Civil Veterinary Dept. Assam report 1927-50 - 1927-1950
Year: 1927
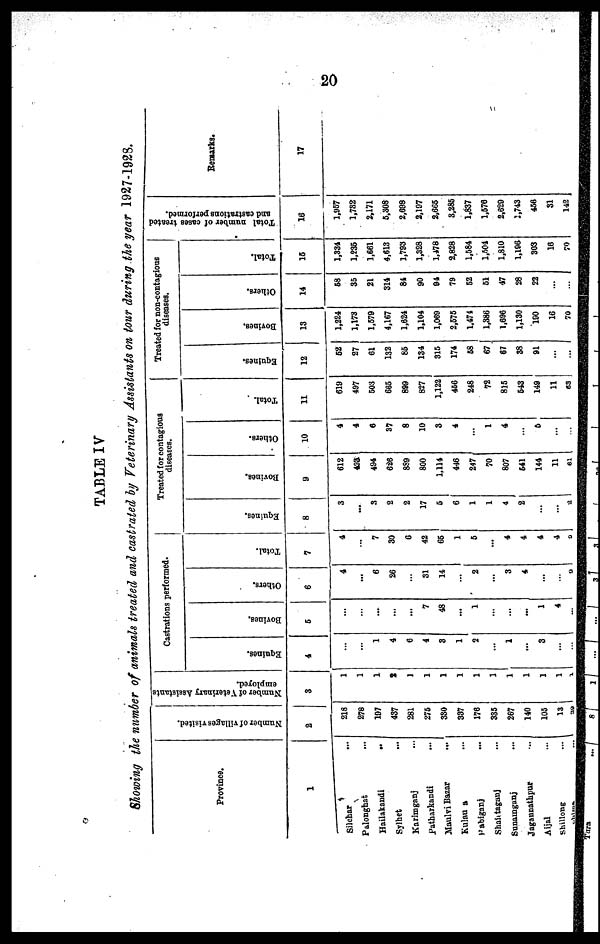
20
TABLE IV
Showing the number of animals treated and castrated by Veterinary Assistants on tour during the year 1927-1928.
Province.
1
Silchar ...
Palonghat ...
Hailakandi
Sylhet ...
Karimganj ...
Patharkandi ...
Maulvi Bazar ...
Kulaua ...
Pabiganj ...
Shaiataganj ...
Sunamganj ...
Jagannathpur ...
Aijal ...
Shillong ...
Chima ...
Number of villages visited.
2
218
278
197
437
281
275
330
337
176
335
267
140
105
13
39
Number of Veterinary Assistants
employed.
3
1
1
1
2
1
1
1
1
1
1
1
1
1
1
1
Castrations performed.
Equines.
4
...
...
1
4
6
4
3
1
2
...
1
...
3
...
...
Bovines.
5
...
...
....
...
...
7
48
...
1
...
...
...
1
4
...
Others.
6
4
...
6
26
...
31
14
...
2
...
3
4
...
...
9
Total.
7
4
...
7
30
6
42
65
1
5
...
4
4
4
4
9
Treated for contagious
diseases.
Equines.
8
3
...
3
2
2
17
5
6
1
1
4
2
...
...
2
Bovines.
9
612
433
494
626
889
800
1,114
446
247
70
807
541
144
11
61
Others.
10
4
4
6
37
8
10
3
4
...
1
4
...
6
...
...
Total.
11
619
497
503
665
899
827
1,122
456
248
72
815
643
149
11
63
Treated for non-contagious
diseases.
|
Equines.
12
52
27
61
132
85
134
315
174
58
67
67
38
91
...
...
Bovines.
13
1,224
1,173
1,579
4,167
1,624
1,104
1,069
2,575
1,474
1,386
1,696
1,130
190
16
70
Others.
14
58
35
21
314
84
90
94
79
52
51
47
28
22
...
...
Total.
15
1,334
1,235
1,661
4,613
1,793
1,328
1,478
2,828
1,584
1,504
1,810
1,196
303
16
70
Total number of eases treated
and castrations performed.
16
1,957
1,732
2,171
5,308
2,698
2,197
2,665
3,285
1,837
1,576
2,629
1,743
456
31
142
Remarks.
17